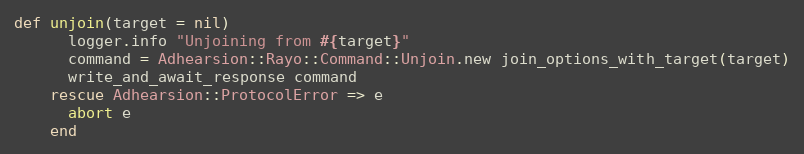
Language: Ruby
def unjoin(target = nil)
      logger.info "Unjoining from #{target}"
      command = Adhearsion::Rayo::Command::Unjoin.new join_options_with_target(target)
      write_and_await_response command
    rescue Adhearsion::ProtocolError => e
      abort e
    end